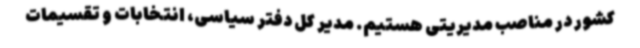
کشور در مناصب مدیریتی هستیم. مدیر کل دفتر سیاسی، انتخابات و تقسیمات